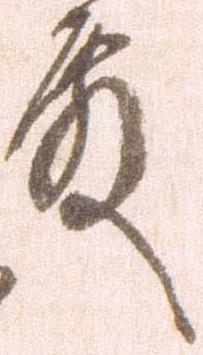
殿